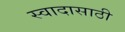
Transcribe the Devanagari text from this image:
स्वादासाठी